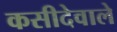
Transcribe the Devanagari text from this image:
कसीदेवाले